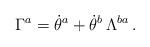
LaTeX: \begin{align*}\Gamma^a=\dot\theta^a+\dot\theta^b\,\Lambda^{ba}\,.\end{align*}